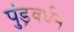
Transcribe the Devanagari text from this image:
पुंड्रवर्धन